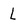
Character: l